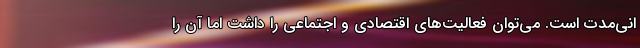
انی‌مدت است. می‌توان فعالیت‌های اقتصادی و اجتماعی را داشت اما آن را